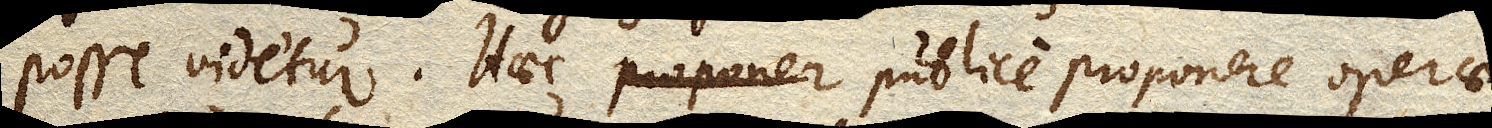
posse videtur. Haec publice proponere operae